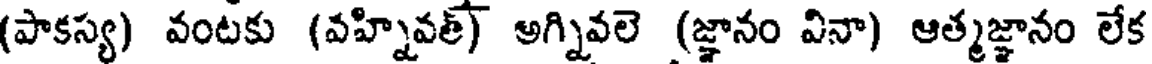
(పాకస్య) వంటకు (వహ్నివత్) అగ్నివలె (జ్ఞానం వినా) ఆత్మజ్ఞానం లేక